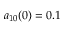
a _ { 1 0 } ( 0 ) = 0 . 1